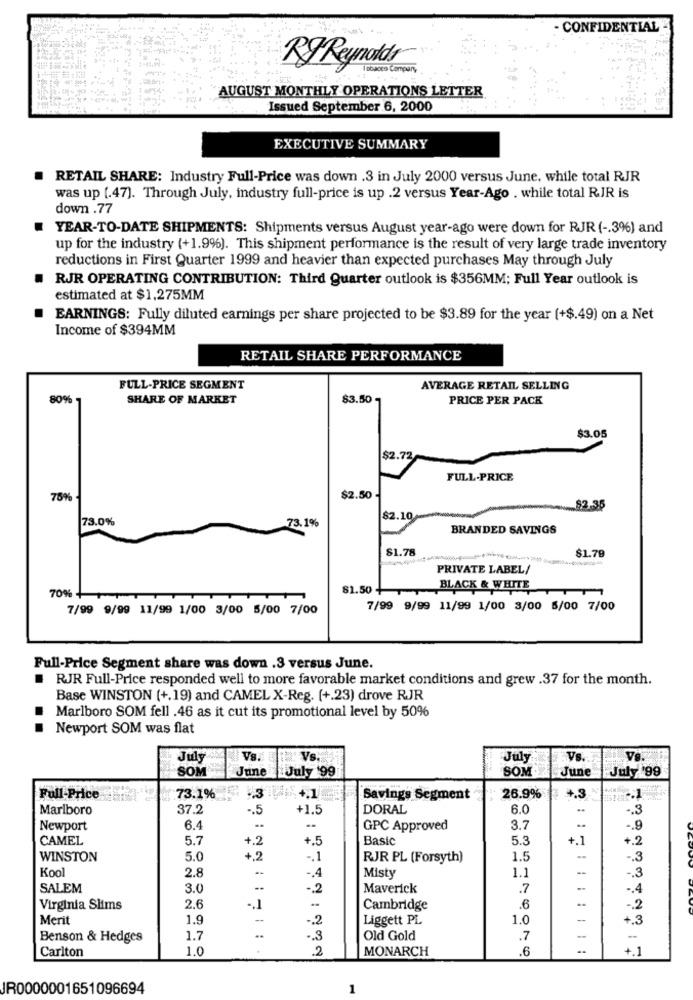
- CONFIDENTIAL -
RJ Reynolds
Tobacco Company,
AUGUST MONTHLY OPERATIONS LETTER
Issued September 6, 2000
EXECUTIVE SUMMARY
RETAIL SHARE: Industry Full-Price was down .3 in July 2000 versus June, while total RJR
was up [.47). Through July, industry full-price is up .2 versus Year-Ago . while total RIR is
down .77
YEAR-TO-DATE SHIPMENTS: Shipments versus August year-ago were down for RJR ( -. 3%) and
up for the industry (+1.9%). This shipment performance is the result of very large trade inventory
reductions in First Quarter 1999 and heavier than expected purchases May through July
RJR OPERATING CONTRIBUTION: Third Quarter outlook is $356MM; Full Year outlook is
estimated at $1,275MM
EARNINGS: Fully diluted earnings per share projected to be $3.89 for the year (+$.49) on a Net
Income of $394MM
RETAIL SHARE PERFORMANCE
FULL-PRICE SEGMENT
AVERAGE RETAIL SELLING
80%
SHARE OF MARKET
$3.50
PRICE PER PACK
$3.05
$2.72
FULL-PRICE
78%%
$2.50
... $2.36
73.0%
73.1%
$2.10
BRANDED SAVINGS
$1.78
$1.79
PRIVATE LABEL/
81.50+
BLACK & WHITE
70%+
7/99 9/99 11/99 1/00 3/00 5/00 7/00
7/99 9/99 11/99 1/00 3/00 5/00 7/00
Full-Price Segment share was down .3 versus June.
RJR Full-Price responded well to more favorable market conditions and grew .37 for the month.
Base WINSTON (+.19) and CAMEL X-Reg. (+.23) drove RJR
Marlboro SOM fell .46 as it cut its promotional level by 50%
Newport SOM was flat
July
Vs.
W. Vs.
July
Vs.
Ve.
SOM
SOM
June
July 99
June July 199
26.9%
4.3
Full-Price
73.1%
Savings Segment
Marlboro
37.2
-. 5
+1.5
DORAL
6.0
..
Newport
6.4
--
GPC Approved
3.7
-. 9
CAMEL
5.7
+.2
+.5
Basic
5.3
+.1
+.2
WINSTON
5.0
+2
-. 1
RJR PL (Forsyth)
1.5
--
-. 3
Kool
-.
-. 4
1.1
-. 3
2.8
Misty
SALEM
3.0
--
-. 2
Maverick
.7
.. 4
Virginia Slims
2.6
-
Cambridge
.6
Merit
1.9
-. 2
Liggett PL
1.0
--
+.3
Benson & Hedges
1.7
.3
Old Gold
.7
-
Carlton
1.0
2
MONARCH
.6
--
+.1
JR0000001651096694
1